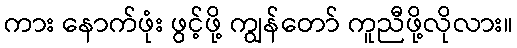
ကား နောက်ဖုံး ဖွင့်ဖို့ ကျွန်တော် ကူညီဖို့လိုလား။